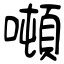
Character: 噸